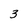
Character: 3